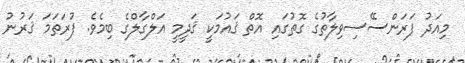
މިއަދު ފަރަންސޭސިވިލާތުގެ ގޮތުގައި އޮތް ޤައުމަކީ ޤަދީމީ އަލްގާލްގެ ބިމެވެ. ފުރަތަމަ ޤަރުނު